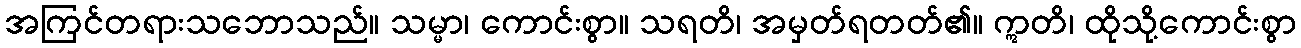
အကြင်တရားသဘောသည်။ သမ္မာ၊ ကောင်းစွာ။ သရတိ၊ အမှတ်ရတတ်၏။ ဣတိ၊ ထိုသို့ကောင်းစွာ